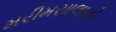
મરીમસાલાનો